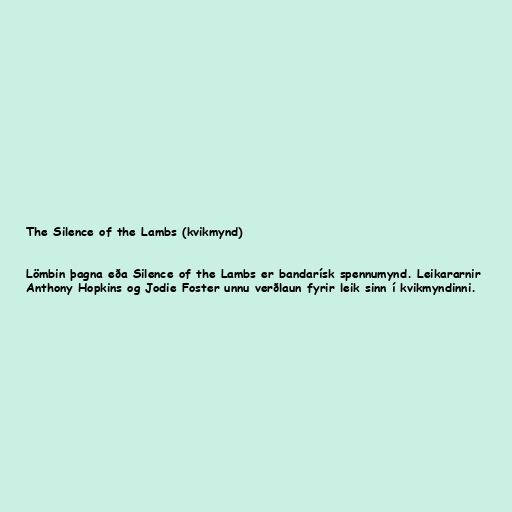
The Silence of the Lambs (kvikmynd)

Lömbin þagna eða Silence of the Lambs er bandarísk spennumynd. Leikararnir
Anthony Hopkins og Jodie Foster unnu verðlaun fyrir leik sinn í kvikmyndinni.